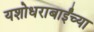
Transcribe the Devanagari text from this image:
यशोधराबाईंच्या